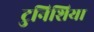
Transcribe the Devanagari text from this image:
टुनिशिया